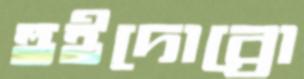
হুইদোব্রো